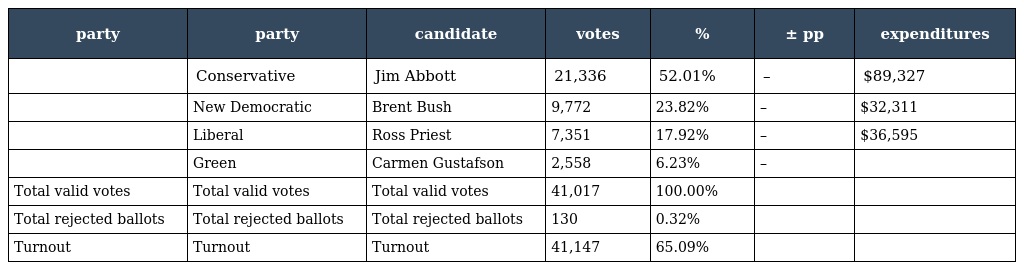
| party | party | candidate | votes | % | ± pp | expenditures |
 | --- | --- | --- | --- | --- | --- | --- |
 |  | Conservative | Jim Abbott | 21,336 | 52.01% | – | $89,327 |
 |  | New Democratic | Brent Bush | 9,772 | 23.82% | – | $32,311 |
 |  | Liberal | Ross Priest | 7,351 | 17.92% | – | $36,595 |
 |  | Green | Carmen Gustafson | 2,558 | 6.23% | – |  |
 | Total valid votes | Total valid votes | Total valid votes | 41,017 | 100.00% |  |  |
 | Total rejected ballots | Total rejected ballots | Total rejected ballots | 130 | 0.32% |  |  |
 | Turnout | Turnout | Turnout | 41,147 | 65.09% |  |  |